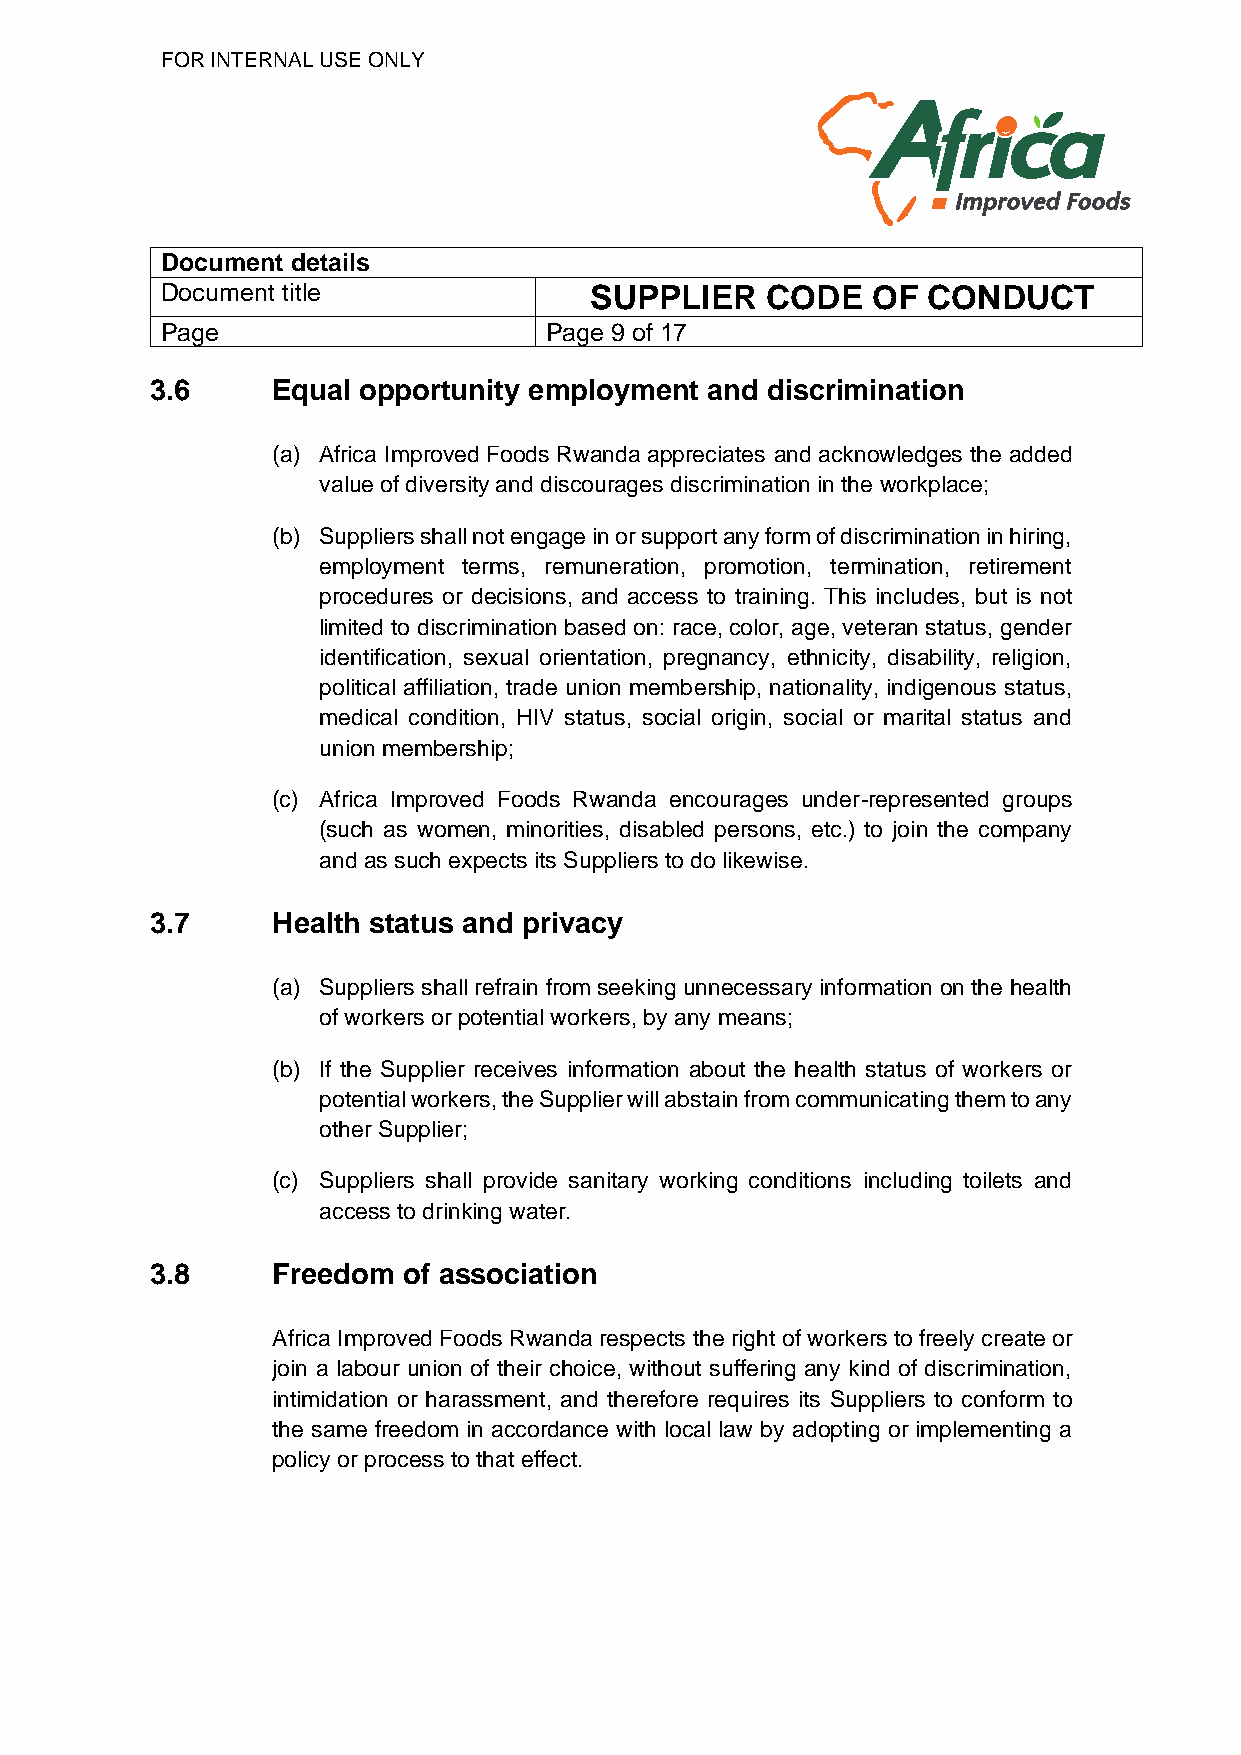
FOR INTERNAL USE ONLY
 Document details
 Document title              SUPPLIER    CODE   OF CONDUCT
 Page                     Page 9 of 17
 3.6     Equal opportunity employment and discrimination
 (a) Africa Improved Foods Rwanda appreciates and acknowledges the added
 value of diversity and discourages discrimination in the workplace;
 (b) Suppliers shall not engage in or support any form of discrimination in hiring,
 employment terms, remuneration, promotion, termination, retirement
 procedures or decisions, and access to training. This includes, but is not
 limited to discrimination based on: race, color, age, veteran status, gender
 identification, sexual orientation, pregnancy, ethnicity, disability, religion,
 political affiliation, trade union membership, nationality, indigenous status,
 medical condition, HIV status, social origin, social or marital status and
 union membership;
 (c) Africa Improved Foods Rwanda encourages under-represented groups
 (such as women, minorities, disabled persons, etc.) to join the company
 and as such expects its Suppliers to do likewise.
 3.7     Health status and privacy
 (a) Suppliers shall refrain from seeking unnecessary information on the health
 of workers or potential workers, by any means;
 (b) If the Supplier receives information about the health status of workers or
 potential workers, the Supplier will abstain from communicating them to any
 other Supplier;
 (c) Suppliers shall provide sanitary working conditions including toilets and
 access to drinking water.
 3.8     Freedom  of association
 Africa Improved Foods Rwanda respects the right of workers to freely create or
 join a labour union of their choice, without suffering any kind of discrimination,
 intimidation or harassment, and therefore requires its Suppliers to conform to
 the same freedom in accordance with local law by adopting or implementing a
 policy or process to that effect.